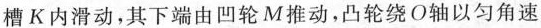
槽K内滑动，其下端由凹轮M推动，凸轮绕O轴以匀角速